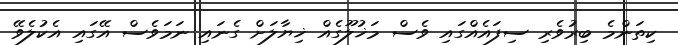
ކިތަންމެ ބިރުވެރި ސިފައެއްގައި ވެސް މަޚުލޫގެއް ޚިޔާލަށް ގެނައި ނަމަވެސް އޭގައި އެކުލެވޭ